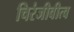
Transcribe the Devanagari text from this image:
चिरंजीवीत्व